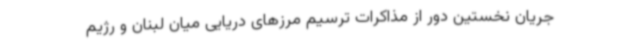
جریان نخستین دور از مذاکرات ترسیم مرزهای دریایی میان لبنان و رژیم